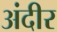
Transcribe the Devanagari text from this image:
अंदीर